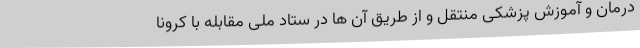
درمان و آموزش پزشکی منتقل و از طریق آن ها در ستاد ملی مقابله با کرونا